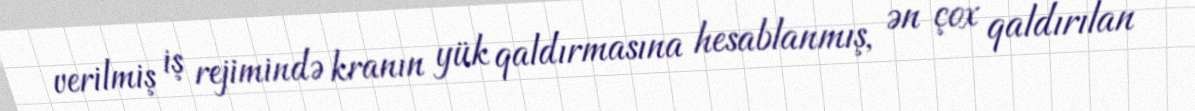
verilmiş iş rejimində kranın yük qaldırmasına hesablanmış, ən çox qaldırılan